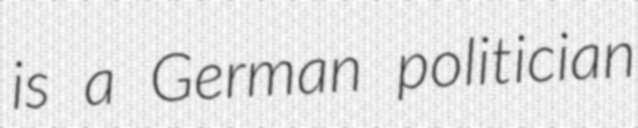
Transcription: is a German politician